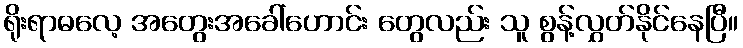
ရိုးရာဓလေ့ အတွေးအခေါ်ဟောင်း တွေလည်း သူ စွန့်လွှတ်နိုင်နေပြီ။